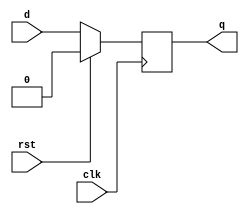
`timescale 1ns / 1ps
//////////////////////////////////////////////////////////////////////////////////
// Company: 
// Engineer: 
// 
// Design Name: 
// Module Name:    Flip_Flop_D 
// Project Name: 
// Target Devices: 
// Tool versions: 
// Description: 
//
// Dependencies: 
//
// Revision: 
// Revision 0.01 - File Created
// Additional Comments: 
//
//////////////////////////////////////////////////////////////////////////////////
module Flip_Flop_D19(
    input clk,
    input d,
    input rst,
    output reg q
    );

	 always @(posedge clk)
	 if (rst) 
	 q <= 0;
	 else
	 q <= d;
    
endmodule